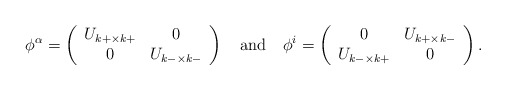
\begin{align*}\phi^{\alpha}=\left( \begin{array}{cc}U_{k+\times k+} & 0 \\0 & U_{k-\times k-} \end{array} \right)~~~{\rm and}~~~\phi^{i}=\left( \begin{array}{cc}0 & U_{k+ \times k-} \\U_{k-\times k+} & 0 \end{array} \right).\end{align*}